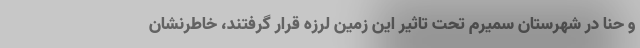
و حنا در شهرستان سمیرم تحت تاثیر این زمین لرزه قرار گرفتند، خاطرنشان